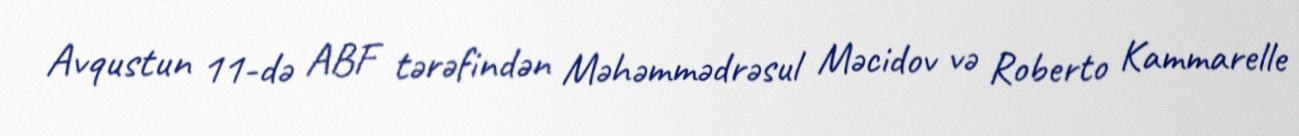
Avqustun 11-də ABF tərəfindən Məhəmmədrəsul Məcidov və Roberto Kammarelle